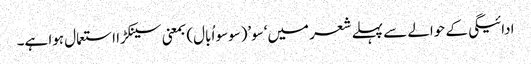
ادائیگی کے حوالے سے پہلے شعر میں‘سو’(سوسو اُبال) بمعنی سینکڑا استعمال ہوا ہے۔